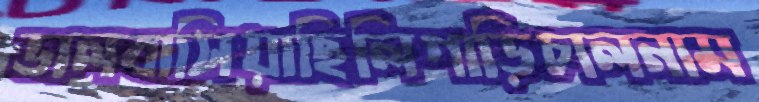
ভালবাসিয়াছিলিগাড়িচালনাম